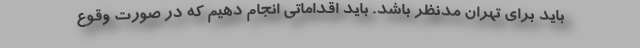
باید برای تهران مدنظر باشد. باید اقداماتی انجام دهیم که در صورت وقوع